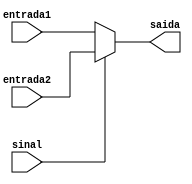
module MUX_ALU(entrada1, entrada2, sinal, saida);

	input [31:0] entrada1, entrada2;
	input sinal;
	output reg [31:0] saida;
	
	always @(*)
		if(sinal == 1'b0)
			saida = entrada1;
		else
			saida = entrada2;			

endmodule